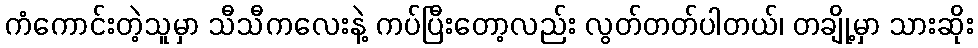
ကံကောင်းတဲ့သူမှာ သီသီကလေးနဲ့ ကပ်ပြီးတော့လည်း လွတ်တတ်ပါတယ်၊ တချို့မှာ သားဆိုး